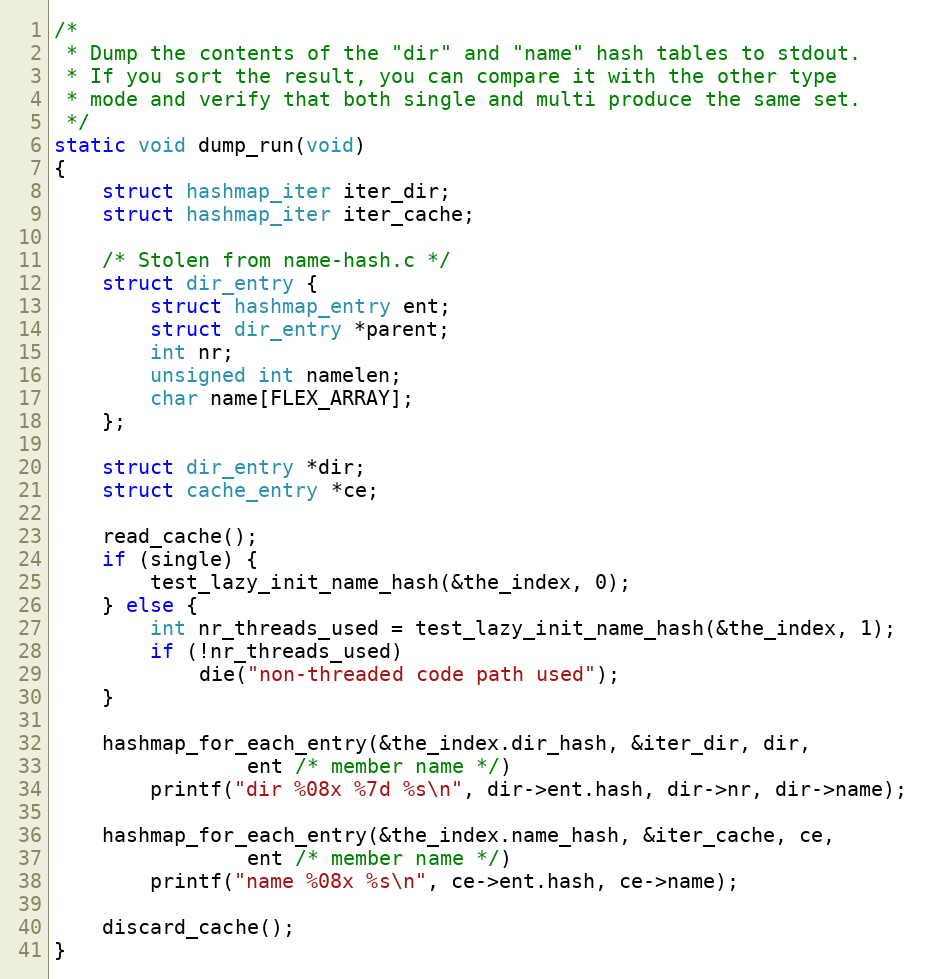
Language: C
/*
 * Dump the contents of the "dir" and "name" hash tables to stdout.
 * If you sort the result, you can compare it with the other type
 * mode and verify that both single and multi produce the same set.
 */
static void dump_run(void)
{
	struct hashmap_iter iter_dir;
	struct hashmap_iter iter_cache;

	/* Stolen from name-hash.c */
	struct dir_entry {
		struct hashmap_entry ent;
		struct dir_entry *parent;
		int nr;
		unsigned int namelen;
		char name[FLEX_ARRAY];
	};

	struct dir_entry *dir;
	struct cache_entry *ce;

	read_cache();
	if (single) {
		test_lazy_init_name_hash(&the_index, 0);
	} else {
		int nr_threads_used = test_lazy_init_name_hash(&the_index, 1);
		if (!nr_threads_used)
			die("non-threaded code path used");
	}

	hashmap_for_each_entry(&the_index.dir_hash, &iter_dir, dir,
				ent /* member name */)
		printf("dir %08x %7d %s\n", dir->ent.hash, dir->nr, dir->name);

	hashmap_for_each_entry(&the_index.name_hash, &iter_cache, ce,
				ent /* member name */)
		printf("name %08x %s\n", ce->ent.hash, ce->name);

	discard_cache();
}